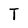
Character: T